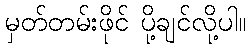
မှတ်တမ်းဖိုင် ပို့ချင်လို့ပါ။